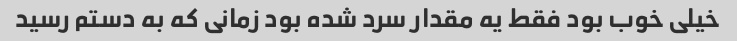
خیلی خوب بود فقط یه مقدار سرد شده بود زمانی که به دستم رسید